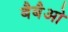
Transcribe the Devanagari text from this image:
बैबैओ